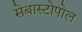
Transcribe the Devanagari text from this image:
सेबास्टोपोल